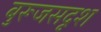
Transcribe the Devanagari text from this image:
बुरूजसदृश